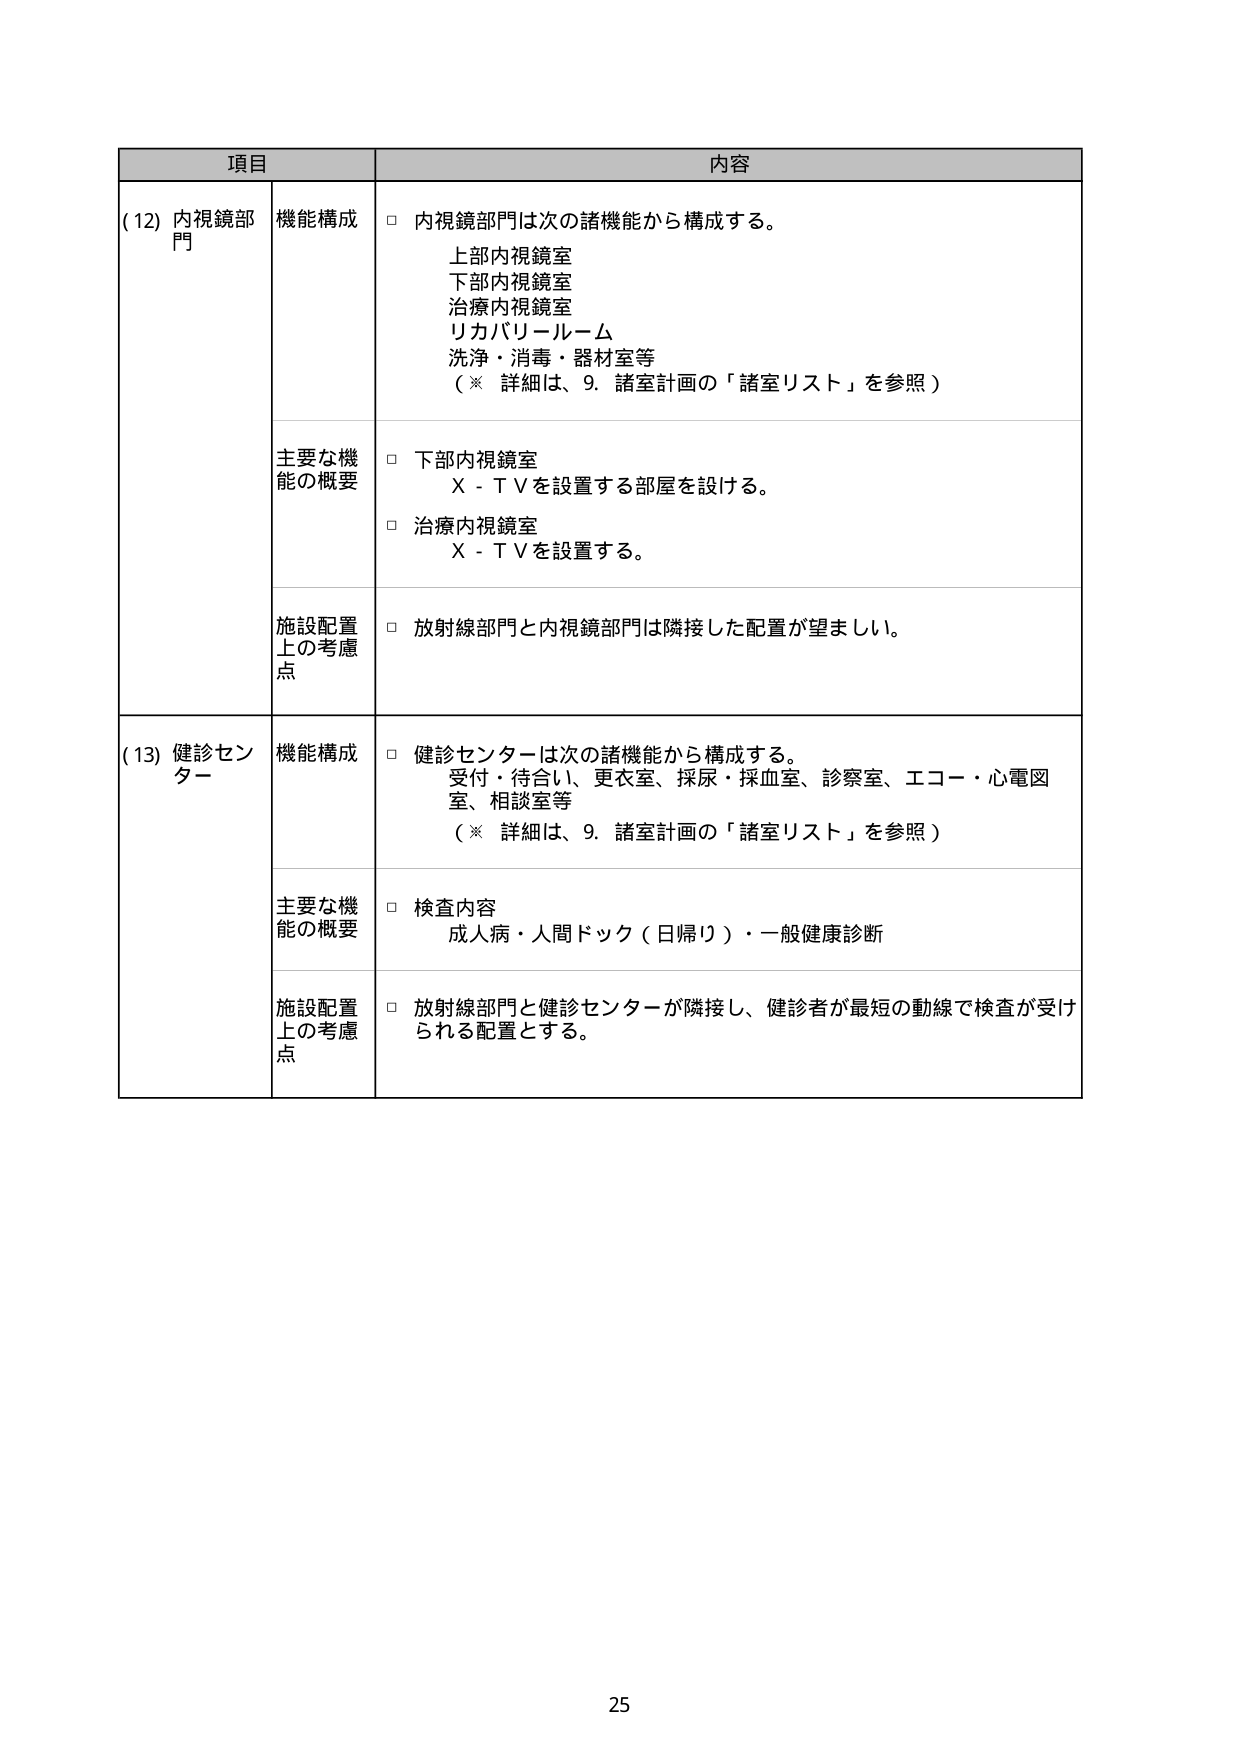
項目 内容
(12) 内視鏡部門 機能構成 □ 内視鏡部門は次の諸機能から構成する。
上部内視鏡室
下部内視鏡室
治療内視鏡室
リカバリールーム
洗浄・消毒・器材室等
（※ 詳細は、9. 諸室計画の「諸室リスト」を参照）
主要な機能の概要 □ 下部内視鏡室
X - T Vを設置する部屋を設ける。
□ 治療内視鏡室
X - T Vを設置する。
施設配置上の考慮点 □ 放射線部門と内視鏡部門は隣接した配置が望ましい。
(13) 健診センター 機能構成 □ 健診センターは次の諸機能から構成する。
受付・待合い、更衣室、採尿・採血室、診察室、エコー・心電図室、相談室等
（※ 詳細は、9. 諸室計画の「諸室リスト」を参照）
主要な機能の概要 □ 検査内容
成人病・人間ドック（日帰り）・一般健康診断
施設配置上の考慮点 □ 放射線部門と健診センターが隣接し、健診者が最短の動線で検査が受けられる配置とする。
25